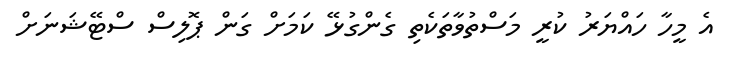
އެ މީހާ ހައްޔަރު ކުރީ މަސްތުވާތަކެތި ގެންގުޅޭ ކަމަށް ގަން ޕޮލިސް ސްޓޭޝަނަށް